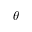
\theta